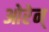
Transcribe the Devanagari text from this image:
ओरेन्